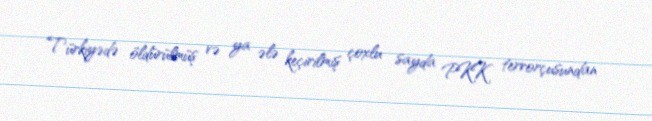
Türkiyədə öldürülmüş və ya ələ keçirilmiş çoxlu sayda PKK terrorçusundan